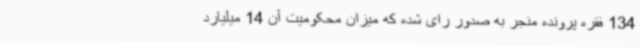
134 فقره پرونده منجر به صدور رای شده که میزان محکومیت آن 14 میلیارد